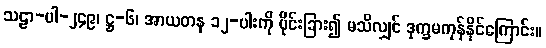
သဠာ-ပါ-၂၄၉၊ ဋ္ဌ-၆၊ အာယတန ၁၂-ပါးကို ပိုင်းခြား၍ မသိလျှင် ဒုက္ခမကုန်နိုင်ကြောင်း။